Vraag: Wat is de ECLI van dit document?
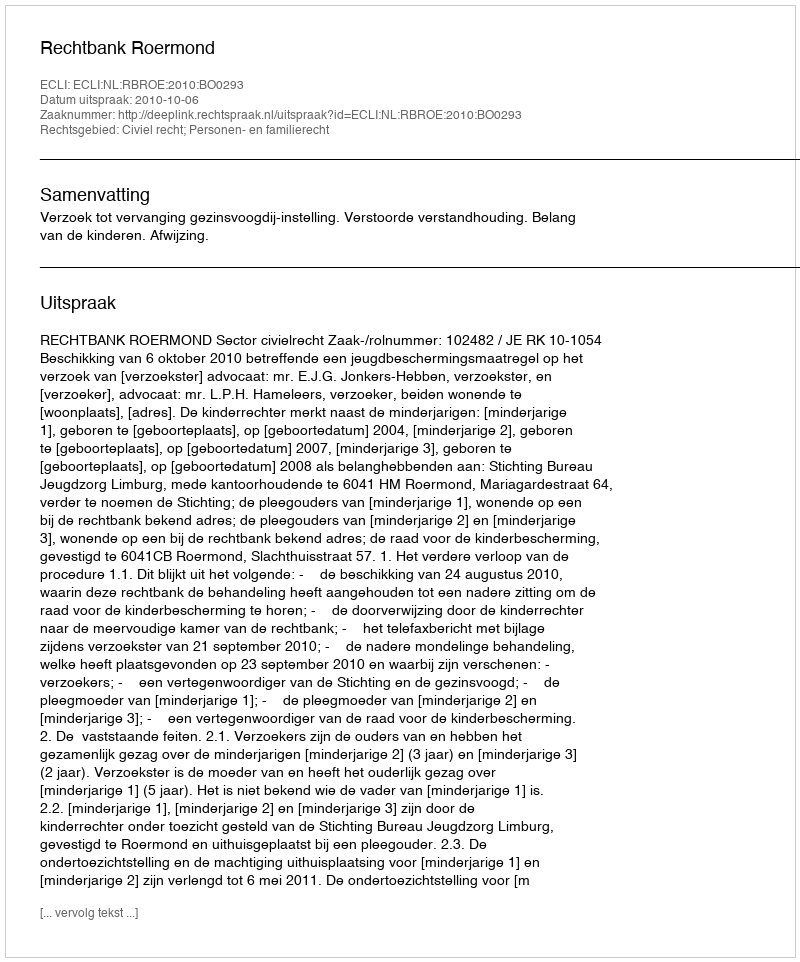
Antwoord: ECLI:NL:RBROE:2010:BO0293